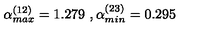
\alpha _ { m a x } ^ { ( 1 2 ) } = 1 . 2 7 9 \ , \alpha _ { m i n } ^ { ( 2 3 ) } = 0 . 2 9 5